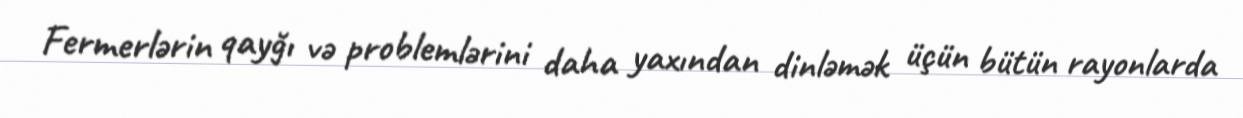
Fermerlərin qayğı və problemlərini daha yaxından dinləmək üçün bütün rayonlarda